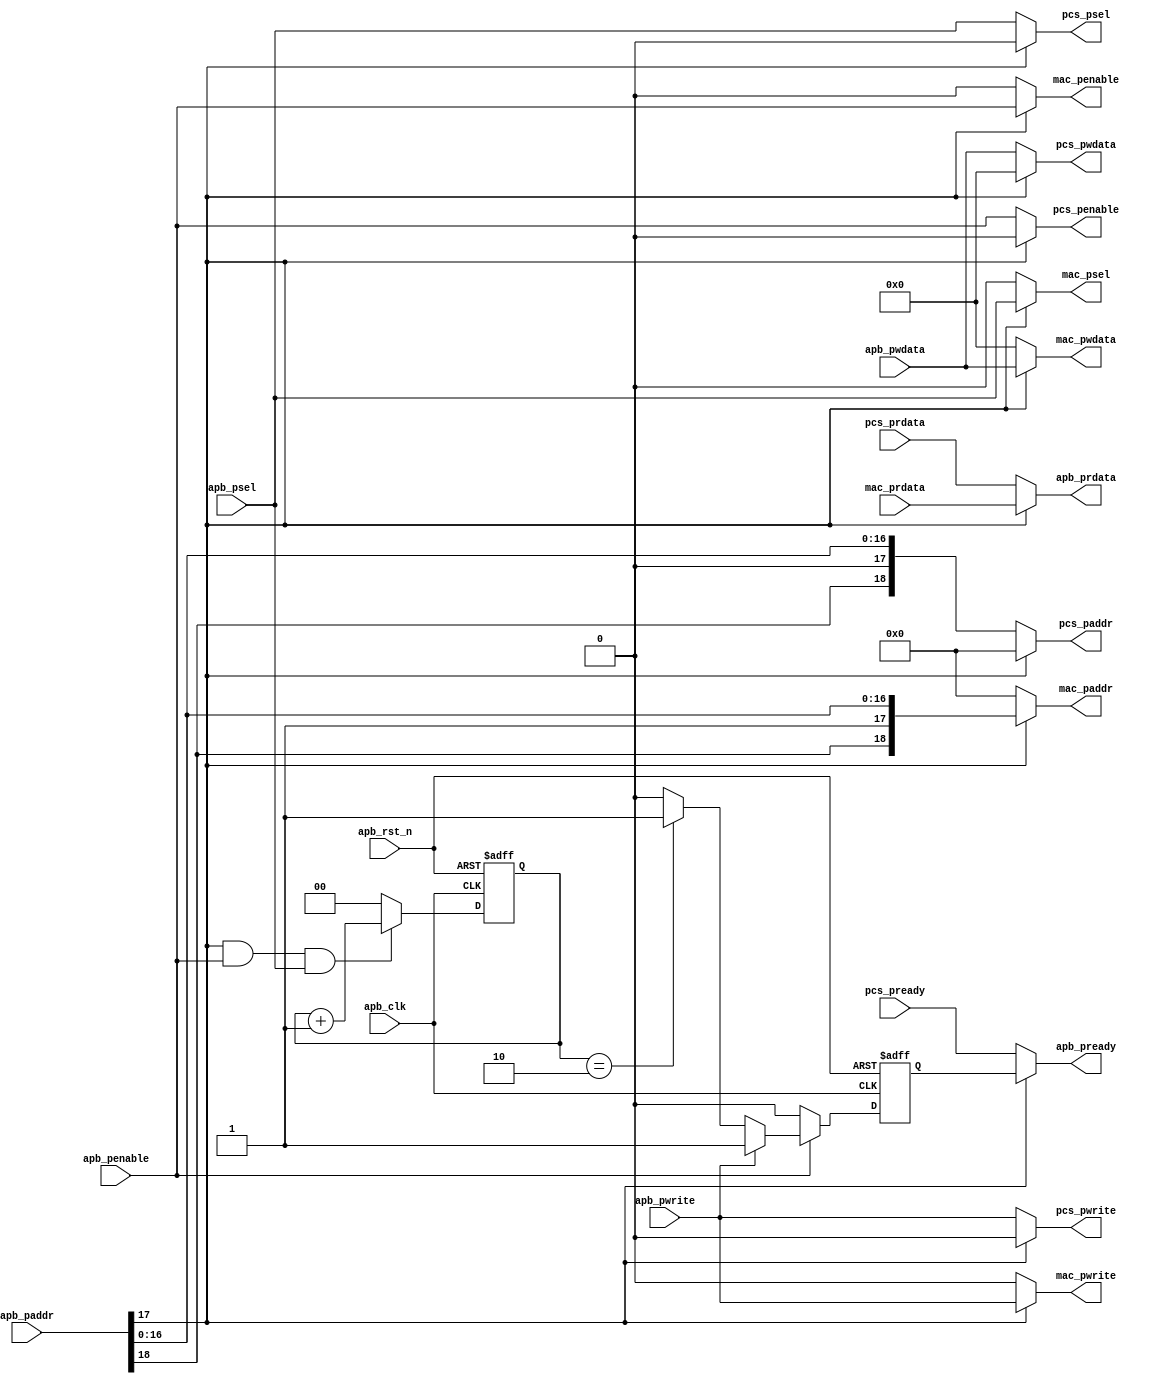
module reg_union_bridge_top(

    input               apb_clk,   
    input               apb_rst_n,   
    // wrapper APB Interface
    input   [18:0]      apb_paddr,    // APB address
    input               apb_psel,     // APB Select 
    input               apb_penable,  // APB Enable 
    input               apb_pwrite,   // APB Direction 
    input   [31:0]      apb_pwdata,   // APB write data
    output              apb_pready,   // APB Ready 
    output  [31:0]      apb_prdata,   // APB read data
    //BaseR Core APB Interface
    output  [18:0]      mac_paddr,
    output              mac_pwrite,
    output              mac_psel,
    output              mac_penable,
    output  [31:0]      mac_pwdata,
    input   [31:0]      mac_prdata,
    // HSST APB Interface
    output  [18:0]      pcs_paddr,
    output              pcs_pwrite,
    output              pcs_penable,
    output  [31:0]      pcs_pwdata,
    output              pcs_psel,     
    input   [31:0]      pcs_prdata,
    input               pcs_pready           
);

//****************************************************************************//
//                      Parameter and Define                                  //
//****************************************************************************//

//****************************************************************************//
//                      Internal Signal                                       //
//****************************************************************************//

reg         mac_pready;
reg [1:0]   mac_enable_cnt ;


//****************************************************************************//
//                      Sequential and Logic                                  //
//****************************************************************************//

assign mac_paddr   = (apb_paddr[17] == 1'b1) ? apb_paddr[18:0] : 19'b0 ;
assign mac_pwrite  = (apb_paddr[17] == 1'b1) ? apb_pwrite : 1'b0 ;
assign mac_psel    = (apb_paddr[17] == 1'b1) ? apb_psel : 1'b0;
assign mac_penable = (apb_paddr[17] == 1'b1) ? apb_penable : 1'b0;
assign mac_pwdata  = (apb_paddr[17] == 1'b1) ? apb_pwdata : 32'b0;

assign pcs_paddr   = (apb_paddr[17] == 1'b0) ? apb_paddr[18:0] : 19'h0;
assign pcs_pwrite  = (apb_paddr[17] == 1'b0) ? apb_pwrite  : 1'b0;
assign pcs_penable = (apb_paddr[17] == 1'b0) ? apb_penable : 1'b0;
assign pcs_pwdata  = (apb_paddr[17] == 1'b0) ? apb_pwdata[31:0] : 32'b0;
assign pcs_psel    = (apb_paddr[17] == 1'b0) ? apb_psel : 1'b0;

assign apb_prdata  = (apb_paddr[17] == 1'b1) ? mac_prdata : pcs_prdata[31:0];
assign apb_pready  = (apb_paddr[17] == 1'b1) ? mac_pready: pcs_pready;

always @ (posedge apb_clk or negedge apb_rst_n) begin
      if(!apb_rst_n)
	     mac_enable_cnt <= 2'b0;
	  else if(apb_paddr[17] == 1'b1 && apb_penable==1'b1 && apb_psel==1'b1)
	     mac_enable_cnt <= mac_enable_cnt + 2'b1;
	  else 
	     mac_enable_cnt <= 2'b0;
end

always @ (posedge apb_clk or negedge apb_rst_n) begin
     if(!apb_rst_n)
	    mac_pready <= 1'b0;
     else if(apb_penable==1'b1) begin
	    if(apb_pwrite == 1'b1)
	        mac_pready <= 1'b1;
        else if(mac_enable_cnt == 2'd2)
	        mac_pready <= 1'b1;
        else
	        mac_pready <= 1'b0;
     end
	 else 
	    mac_pready <= 1'b0;
end

endmodule